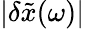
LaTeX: \lvert\delta\tilde{x}(\omega)\rvert